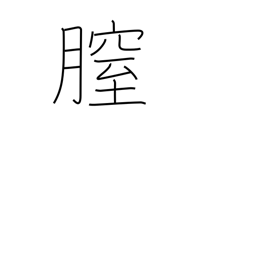
Meaning: vagina